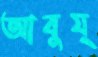
আবুয্